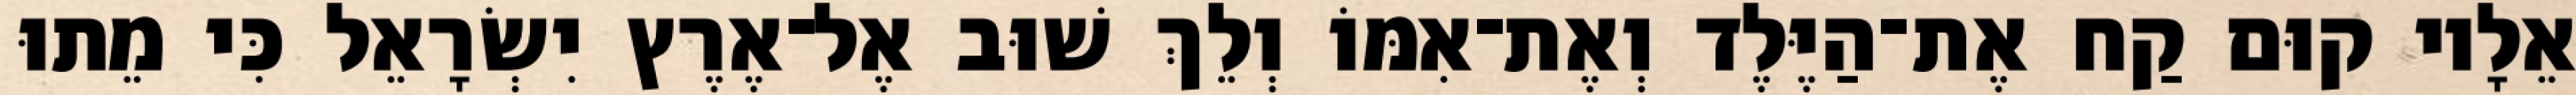
אֵלָיו קוּם קַח אֶת־הַיֶּלֶד וְאֶת־אִמּוֹ וְלֵךְ שׁוּב אֶל־אֶרֶץ יִשְׂרָאֵל כִּי מֵתוּ